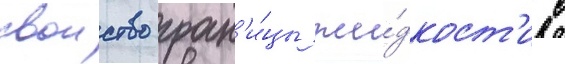
своиство гран'и́цы жи́дкост'и с